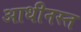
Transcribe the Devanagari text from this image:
आधीनस्त